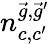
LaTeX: n_{c,c^{\prime}}^{\vec{g},\vec{g}^{\prime}}